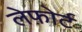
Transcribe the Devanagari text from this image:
लेफ़ोर्ट